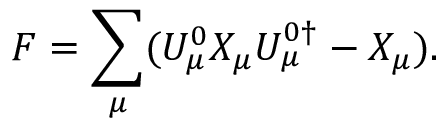
F = \sum _ { \mu } ( U _ { \mu } ^ { 0 } X _ { \mu } U _ { \mu } ^ { 0 \dagger } - X _ { \mu } ) .